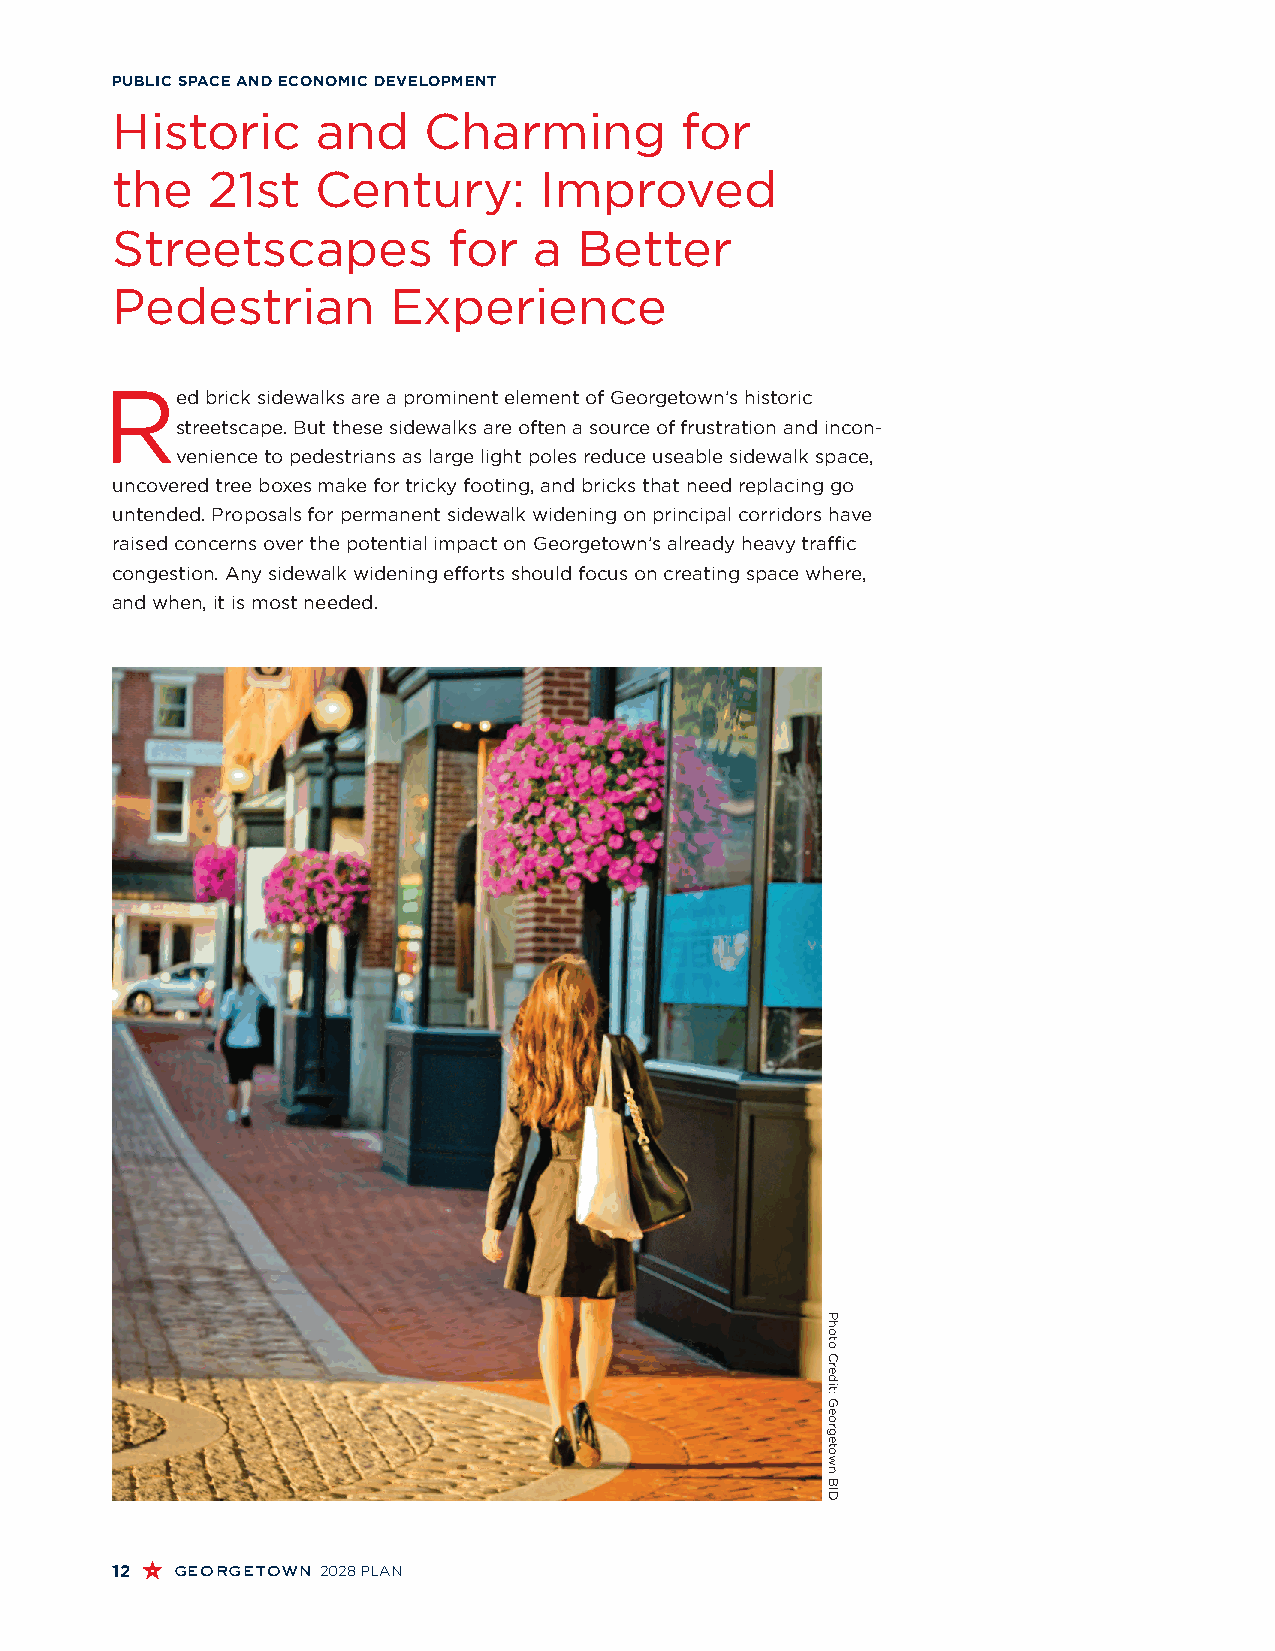
PUBLIC SPACE AND ECONOMIC DEVELOPMENT
 Historic      and    Charming         for
 the    21st   Century:       Improved
 Streetscapes           for  a  Better
 Pedestrian         Experience
 R
 ed brick sidewalks are a prominent element of Georgetown’s historic
 streetscape. But these sidewalks are often a source of frustration and incon-
 venience to pedestrians as large light poles reduce useable sidewalk space,
 uncovered tree boxes make for tricky footing, and bricks that need replacing go
 untended. Proposals for permanent sidewalk widening on principal corridors have
 raised concerns over the potential impact on Georgetown’s already heavy traffic
 congestion. Any sidewalk widening efforts should focus on creating space where,
 and when, it is most needed.
 12  georgetown 2028 PLAN
 Photo
 Credit:
 Georgetown
 BID